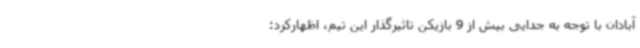
آبادان با توجه به جدایی بیش از 9 بازیکن تاثیرگذار این تیم، اظهارکرد: